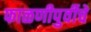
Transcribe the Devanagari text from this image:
फाळणीपुर्वीचे